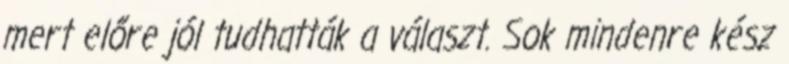
mert előre jól tudhatták a választ. Sok mindenre kész